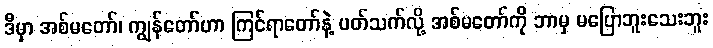
ဒီမှာ အစ်မတော်၊ ကျွန်တော်ဟာ ကြင်ရာတော်နဲ့ ပတ်သက်လို့ အစ်မတော်ကို ဘာမှ မပြောဘူးသေးဘူး